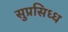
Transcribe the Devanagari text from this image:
सुप्रसिध्‍ध